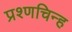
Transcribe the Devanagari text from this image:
प्रश्णचिन्ह